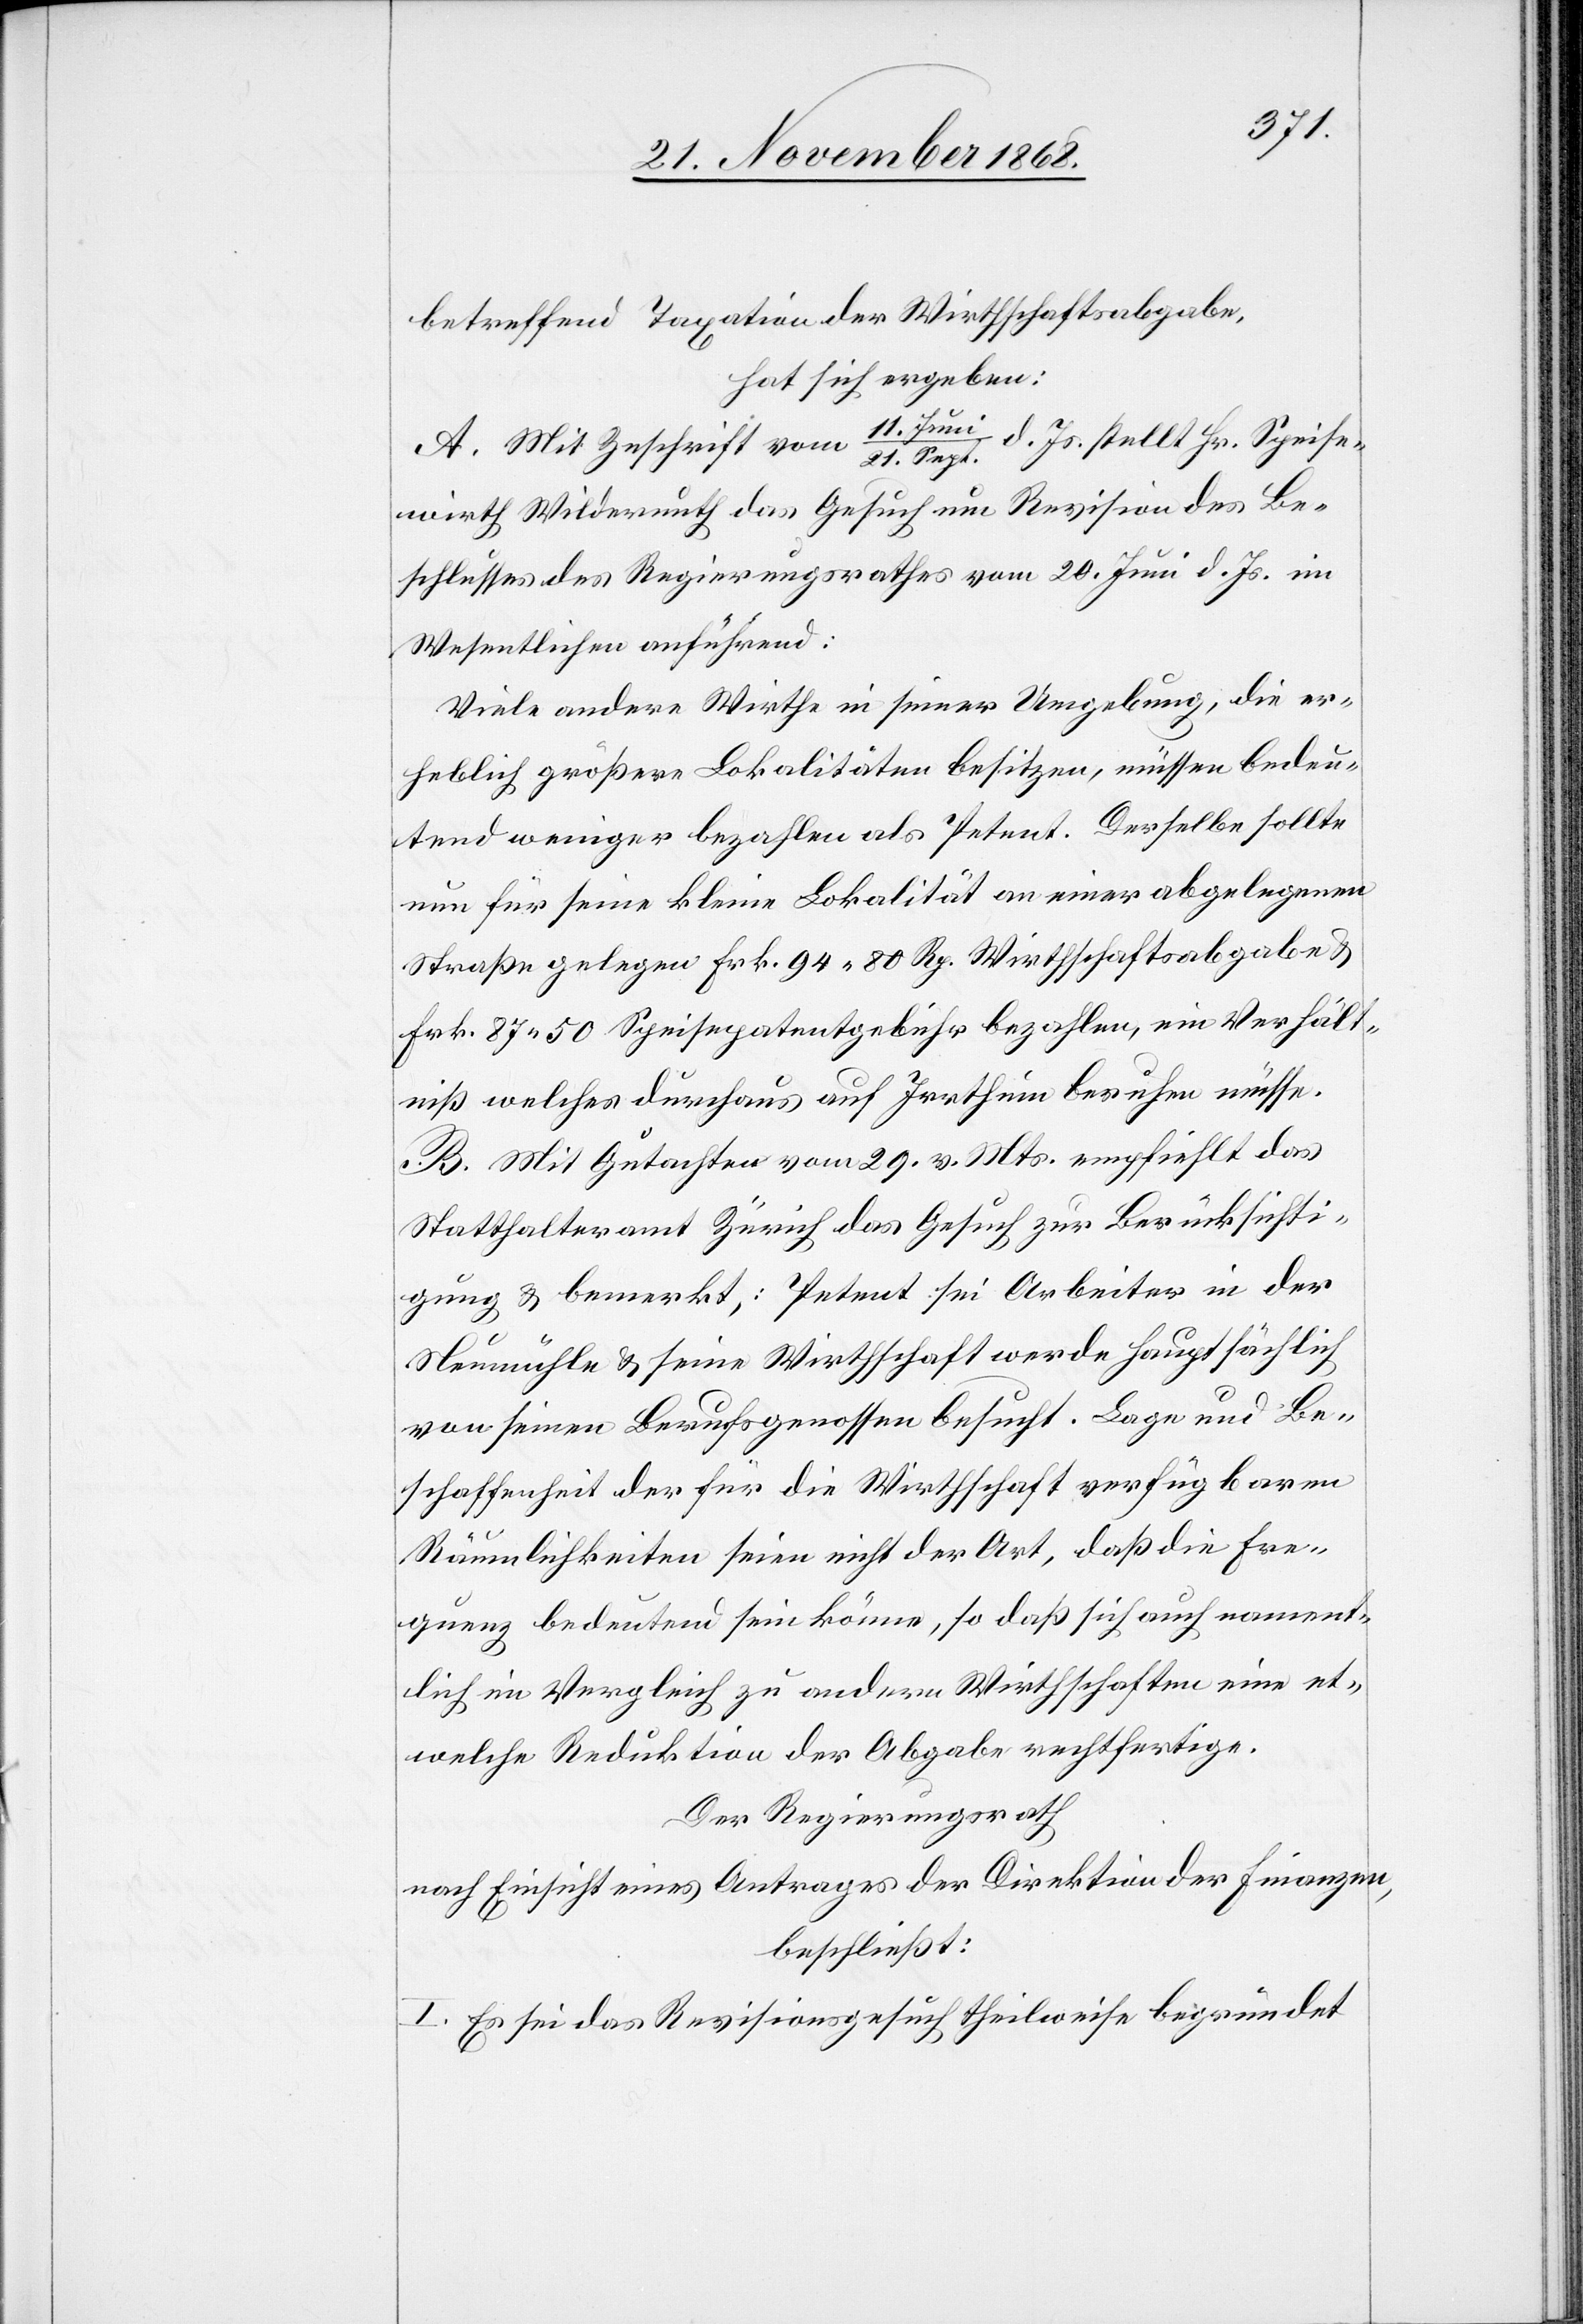
betreffend Taxation der Wirthschaftsabgabe,
hat sich ergeben:
A. Mit Zuschrift vom 11. Juni / 21. Sept. d. Js. stellt Hr. Speise¬
wirth Wildermuth das Gesuch um Revision des Be¬
schlusses des Regierungsrathes vom 20. Juni d. Js. im
Wesentlichen anführend:
Viele andere Wirthe in seiner Umgebung, die er¬
heblich größere Lokalitäten besitzen, müssen bedeu¬
tend weniger bezahlen als Petent. Derselbe sollte
nun für seine kleine Lokalität an einer abgelegenen
Straße gelegen Fr. 94 80 Rp. Wirthschaftsabgabe &
Frk. 87.50 Speisepatentgebühr bezahlen, ein Verhält¬
niß welches durchaus auf Irrthum beruhen müsse.
B. Mit Gutachten vom 29. v. Mts. empfiehlt das
Statthalteramt Zürich das Gesuch zur Berücksichti¬
gung & bemerkt,: Petent sei Arbeiter in der
Neumühle & seine Wirthschaft werde hauptsächlich
von seinen Berufsgenossen besucht. Lage und Be¬
schaffenheit der für die Wirthschaft verfügbaren
Räumlichkeiten seien nicht der Art, daß die Fre¬
quenz bedeutend sein könne, so daß sich auch nament¬
lich im Vergleich zu andern Wirthschaften eine et¬
welche Reduktion der Abgabe rechtfertige.
Der Regierungsrath
nach Einsicht eines Antrages der Direktion der Finanzen,
beschließt:
I. Es sei das Revisionsgesuch theilweise begründet